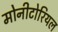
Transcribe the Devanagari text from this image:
मोनीटोरियल